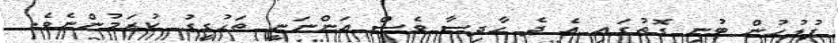
ފުލުހުން ބުނި ގޮތުގައި އެ ދެ ހާދިސާ ވެސް އަންނަނީ ތަހުގީގު ކުރަމުންނެވެ.